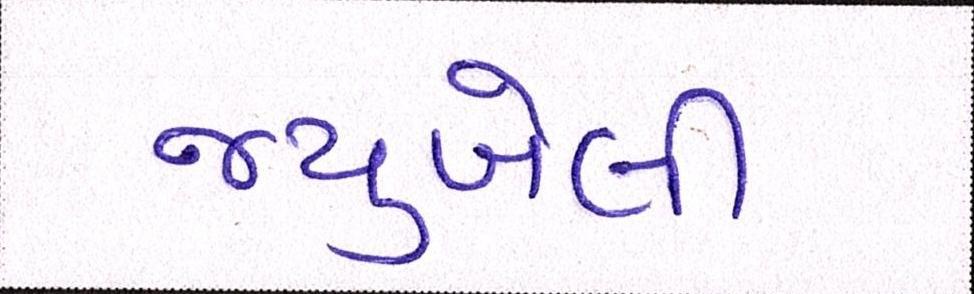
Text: જ્યુબેલી